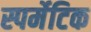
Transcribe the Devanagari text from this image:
स्पर्मेटिक